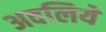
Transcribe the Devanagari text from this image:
अवलिये